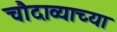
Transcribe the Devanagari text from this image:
चौदाव्याच्या